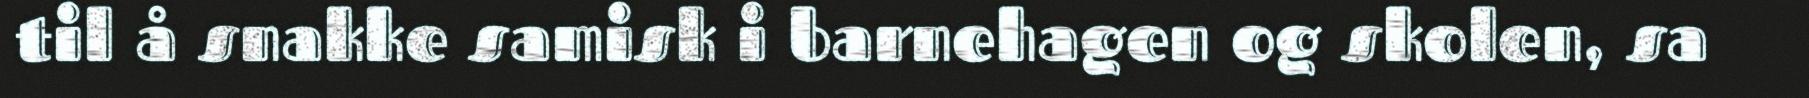
til å snakke samisk i barnehagen og skolen, sa